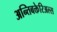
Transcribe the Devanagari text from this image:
अन्तिबक्तेरिअल्स